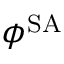
\phi ^ { \operatorname { S A } }